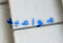
مواعيد